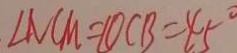
\angle N C M = \angle O C B = 4 5 ^ { \circ }